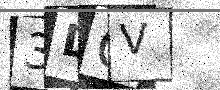
Text: 3DOV